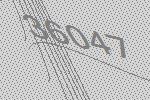
36047